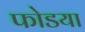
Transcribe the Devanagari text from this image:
फोडया